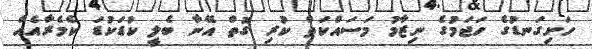
ހަށިގަނޑުގެ ހަޖަމުގެ ނިޒާމު މަސައްކަތް ކުރި ގޮތް އޭނާ ބެލީ ކުޑަކުޑަ ކެމެރާއެއް